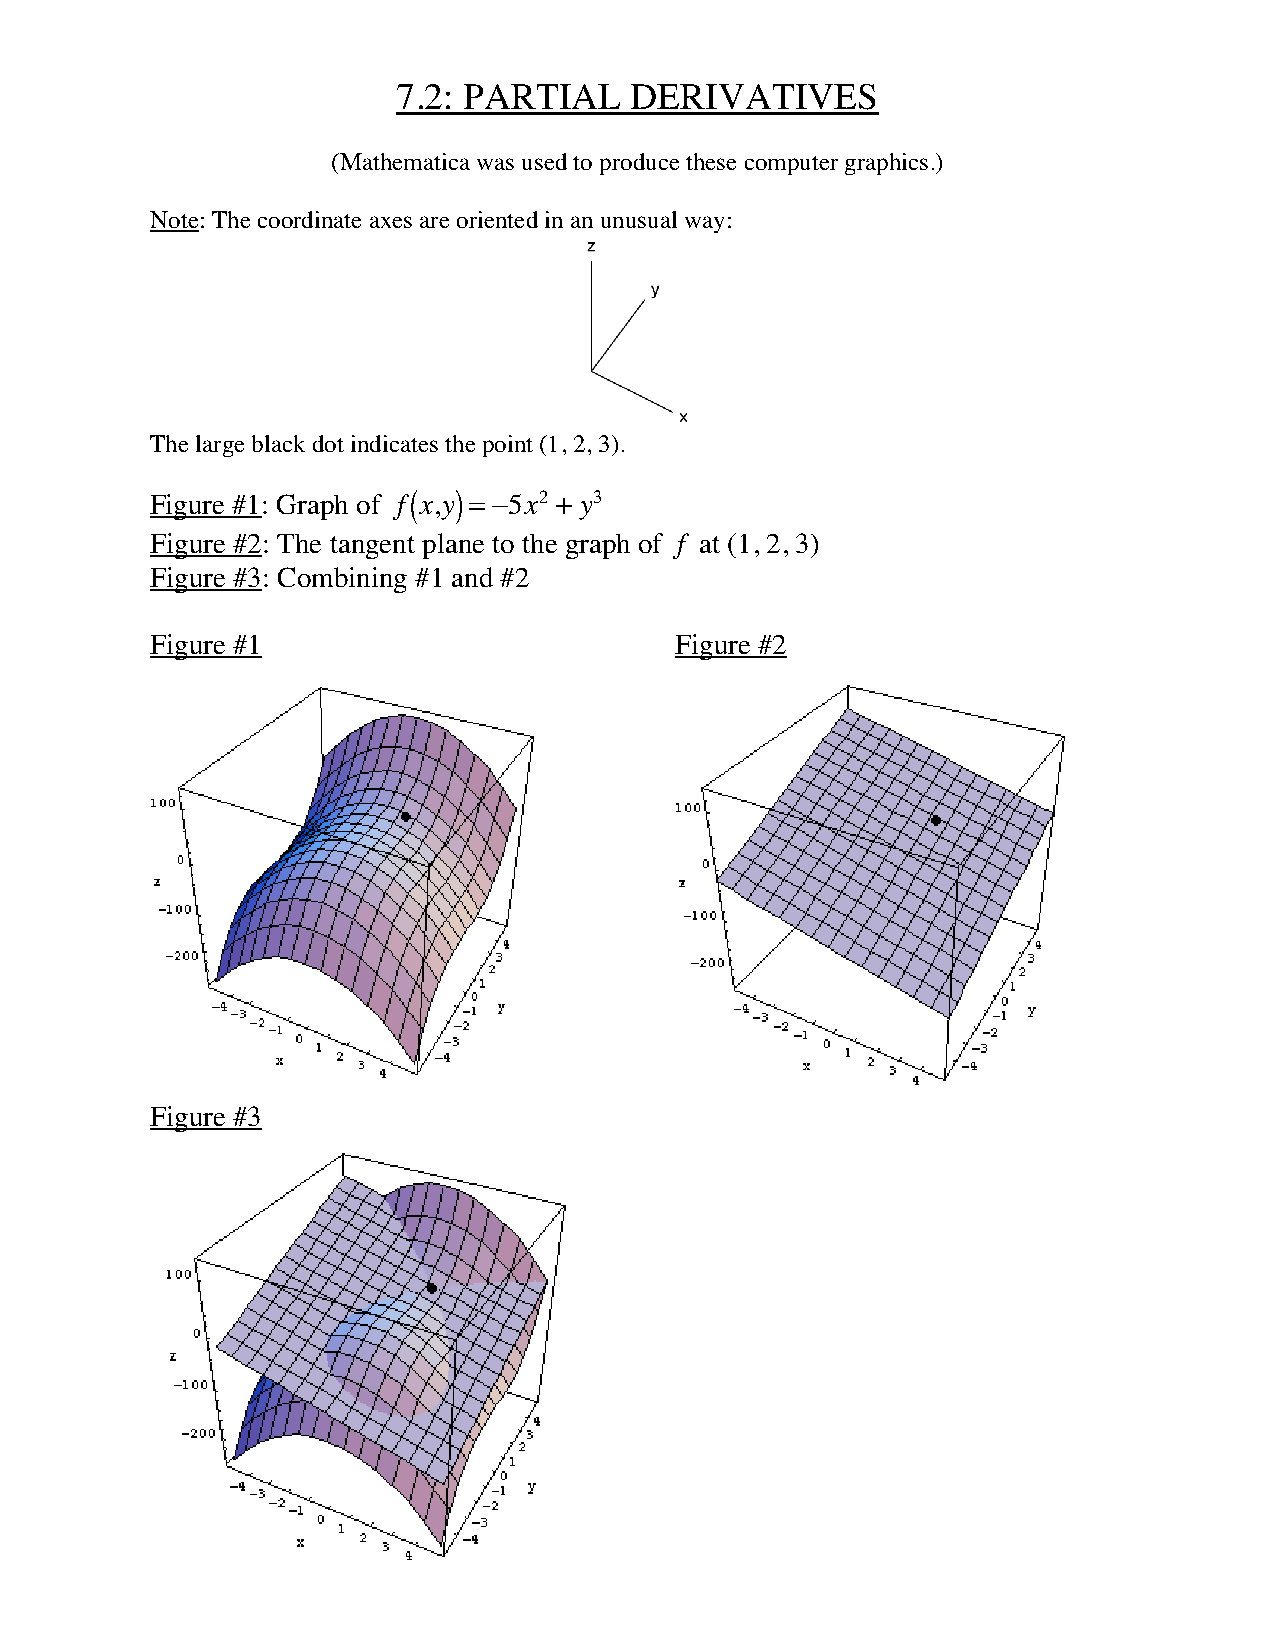
7.2: PARTIAL    DERIVATIVES
 (Mathematica was used to produce these computer graphics.)
 Note: The coordinate axes are oriented in an unusual way:
 The large black dot indicates the point (1, 2, 3).
 Figure #1: Graph of f(x,y) = -5x2 + y3
 Figure #2: The tangent plane to the graph of f at (1, 2, 3)
 Figure #3: Combining #1 and #2
 Figure #1                          Figure #2
 Figure #3